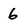
Character: 6